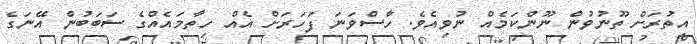
އިތުރަށް ތޫނުވުން ނޫންކަމެއް ނުވިއެވެ. ހާސްވަނަ ފަހަރަށް އެއް ހިތާމައެއްގެ ސަބަބުން އޭނަގެ